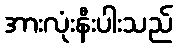
အားလုံးနီးပါးသည်